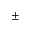
\pm